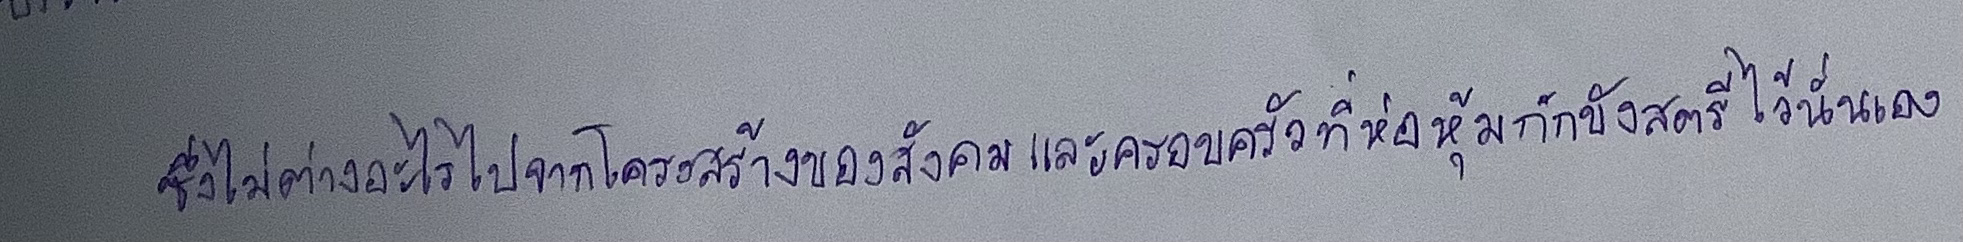
ซึ่งไม่ต่างอะไรไปจากโครงสร้างของสังคมและครอบครัวที่ห่อหุ้มกักขังสตรีไว้นั่นเอง